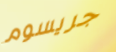
جريسوم